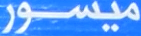
ميسور